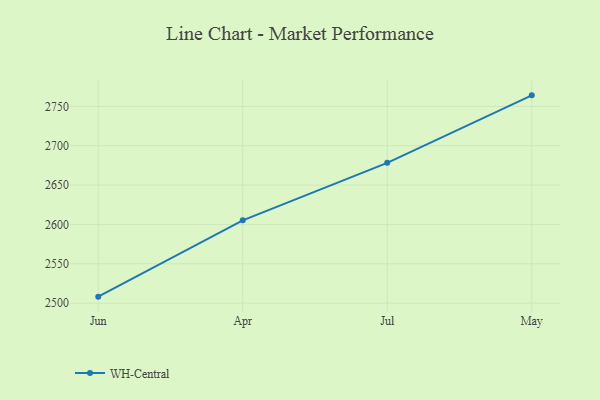
{"axis": {"x": "Month", "y": "Active Users"}, "legend": ["WH-Central"], "data": [{"x": "Jun", "y": 2508.2, "type": "WH-Central"}, {"x": "Apr", "y": 2605.2, "type": "WH-Central"}, {"x": "Jul", "y": 2678.2, "type": "WH-Central"}, {"x": "May", "y": 2764.0, "type": "WH-Central"}]}